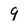
Character: 9